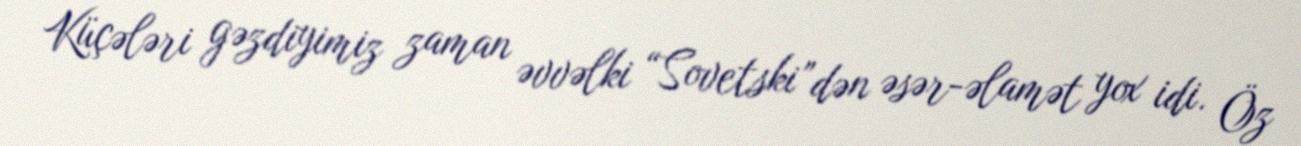
Küçələri gəzdiyimiz zaman əvvəlki “Sovetski”dən əsər-əlamət yox idi. Öz